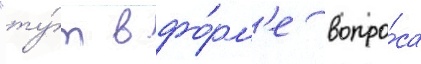
"ту́т в фо́рм'е вопро́са